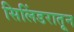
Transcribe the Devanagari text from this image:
सिलिंडरातून